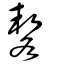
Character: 㗉